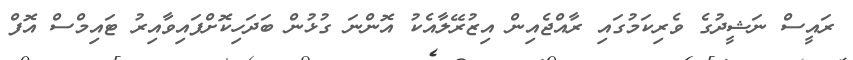
ރައީސް ނަޝީދުގެ ވެރިކަމުގައި ރާއްޖެއިން އިޒުރޭލާއެކު އޮންނަ ގުޅުން ބަދަހިކޮށްފައިވާއިރު ޓައިމްސް އޮފް